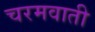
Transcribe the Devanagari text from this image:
चरमवाती